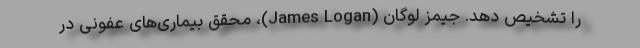
را تشخیص دهد. جیمز لوگان (James Logan)، محقق بیماری‌های عفونی در